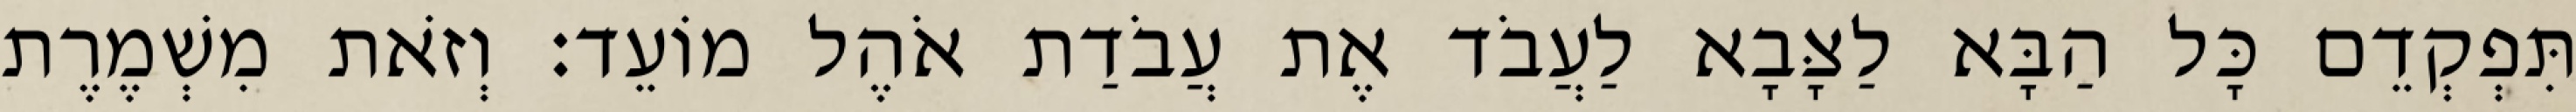
תִּפְקְדֵם כָּל הַבָּא לַצָּבָא לַעֲבֹד אֶת עֲבֹדַת אֹהֶל מוֹעֵד׃ וְזֹאת מִשְׁמֶרֶת